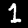
Digit: 1